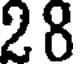
28